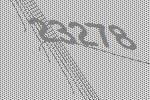
23278